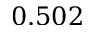
0 . 5 0 2